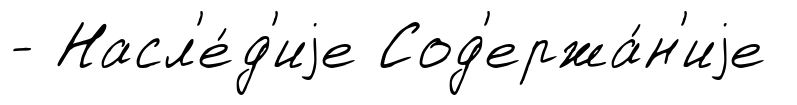
- Насл'е́д'иjе Сод'ержа́н'иjе